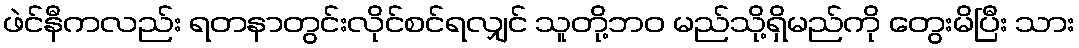
ဖဲင်နီကလည်း ရတနာတွင်းလိုင်စင်ရလျှင် သူတို့ဘဝ မည်သို့ရှိမည်ကို တွေးမိပြီး သား